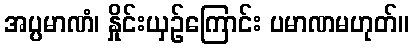
အပ္ပမာဏံ၊ နှိုင်းယှဉ်ကြောင်း ပမာဏမဟုတ်။